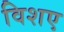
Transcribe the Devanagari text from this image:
विशए